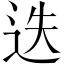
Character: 迭